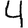
Digit: 4